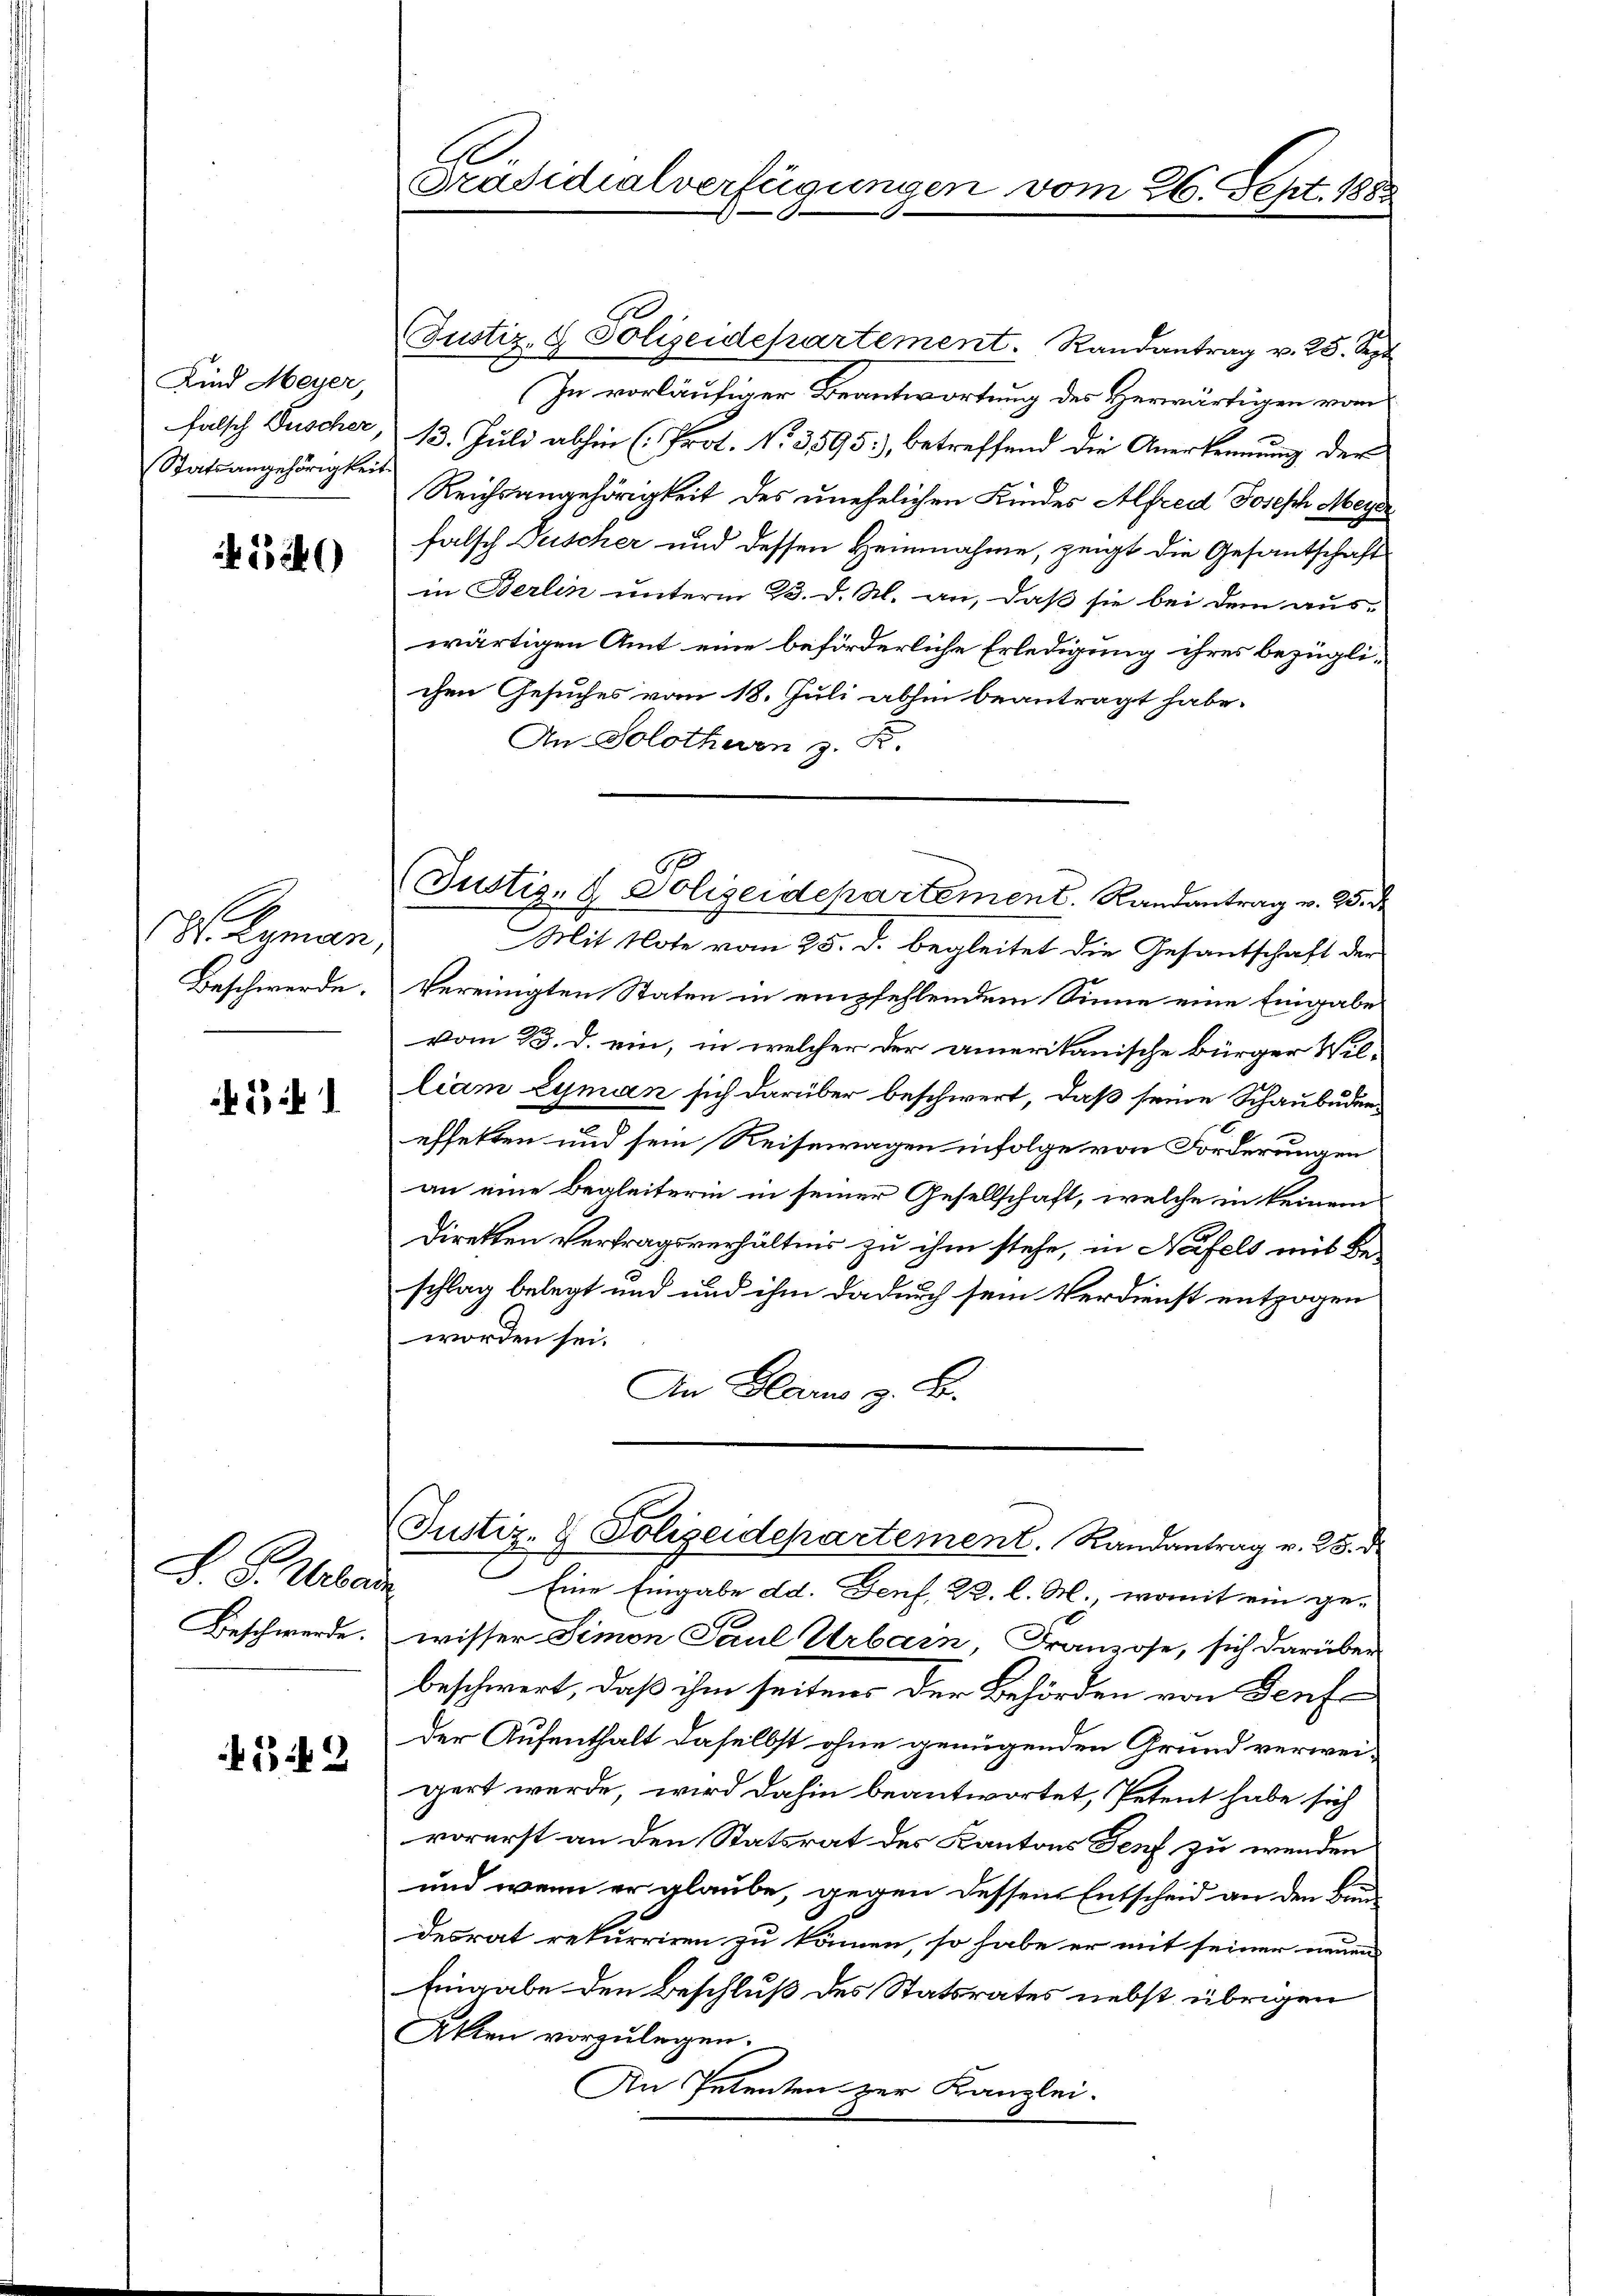
Kind Meyer,
falsch Fischer
Statsangehörigkeit.

1580

38. Lannen
Beschwerde.

21.

S. S. Urban
Beschwerde.

42

G
Präsidialverfügungen vom 26. Sept. 1888

B
Justiz- & Polizeidepartement. Randantrag v. 25. de

Justiz- & Polizeidepartement. Randantrag v. 25. Sep
In vorläufiger Beantwortung des Herwärtigen vom
13. Juli abhin (Prot. No. 3595), betreffend die Anerkennung der
Reichsangehörigkeit des unehelichen Kindes Alfred Joseph Meyer
falsch Duscher und dessen Heinnahme, zeigt die Gesantschaft
in Berlin unterm 23. d. M. an, daß sie bei dem auswärtigen Amt eine beförderliche Erledigung ihres bezügli-
chen Gesuches vom 18. Juli abhin beantragt habe.
An Solothurn 3 Fr.
Mit Note vom 25. d. begleitet die Gesantschaft der
Vereinigten Staten in empfehlendem Sinne eine Eingabe
vom 13. d. ein, in welcher der amerikanische Bürger William Eyman sich darüber beschwert, daß seine Schaubudeneffekten und sein Reisewagen infolge von Förderungen
an eine Begleiterin in seiner Gesellschaft, welche in keinem
direkten Vertragsverhältnis zu ihm stehe, in Neifels uns Beschlag belegt und und ihm dadurch sein Verdienst entzogen
worden sei.
An Glarus z. B.
Justiz- & Polizeidepartement. Randantrag v. 25. d.
Eine Eingabe dd. Genf, W. l. M., womit ein ge-
wisser Simon Paul Urbarn, Franzose, sich darüber
beschwert, daß ihm seitens der Behörden von Seufe
Der Aufenthalt daselbst ohne genügenden Grund verweigert werde, wird dahin beantwortet, Petent habe sich
vorerst an den Statsrat des Kantons Senf zu wenden
und wenn er glaube, gegen dessen Entscheid an den Bau-
desrat rekurriren zu können, so habe er mit seiner neuen
Eingabe den Beschluß des Statsrates nebst übrigen
Akten vorzulegen.
An Petenten zur Kanzlei.